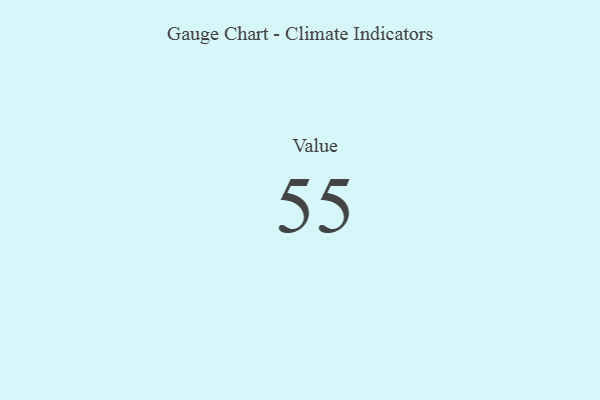
{"axis": {"x": "Metric", "y": "Value"}, "legend": [""], "data": [{"x": "Value", "y": 55, "type": ""}]}